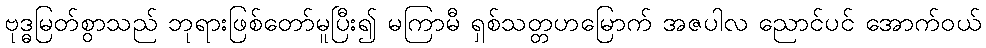
ဗုဒ္ဓမြတ်စွာသည် ဘုရားဖြစ်တော်မူပြီး၍ မကြာမီ ရှစ်သတ္တဟမြောက် အဇပါလ ညောင်ပင် အောက်ဝယ်